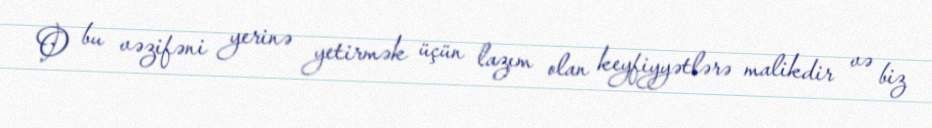
O bu vəzifəni yerinə yetirmək üçün lazım olan keyfiyyətlərə malikdir və biz